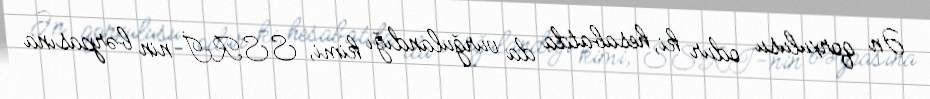
Ən qorxulusu odur ki, hesabatda da vurğulandığı kimi, SSRİ-nin bərpasına